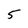
Character: 5